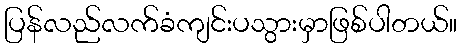
ပြန်လည်လက်ခံကျင်းပသွားမှာဖြစ်ပါတယ်။